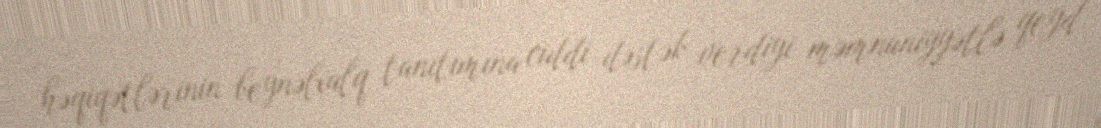
həqiqətlərinin beynəlxalq tanıtımına ciddi dəstək verdiyi məmnuniyyətlə qeyd